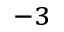
^ { - 3 }